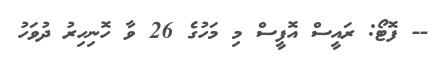
-- ފޮޓޯ: ރައީސް އޮފީސް މި މަހުގެ 26 ވާ ހޮނިހިރު ދުވަހު